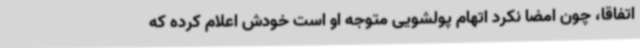
اتفاقا، چون امضا نکرد اتهام پولشویی متوجه او است خودش اعلام کرده که